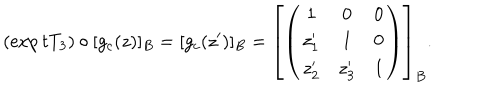
( \exp t T _ { 3 } ) \circ [ g _ { c } ( z ) ] _ { B } = [ g _ { c } ( z ^ { \prime } ) ] _ { B } = \left[ \left( \begin{array} { c c c } { { 1 } } & { { 0 } } & { { 0 } } \\ { { z _ { 1 } ^ { \prime } } } & { { 1 } } & { { 0 } } \\ { { z _ { 2 } ^ { \prime } } } & { { z _ { 3 } ^ { \prime } } } & { { 1 } } \\ \end{array} \right) \right] _ { B } .